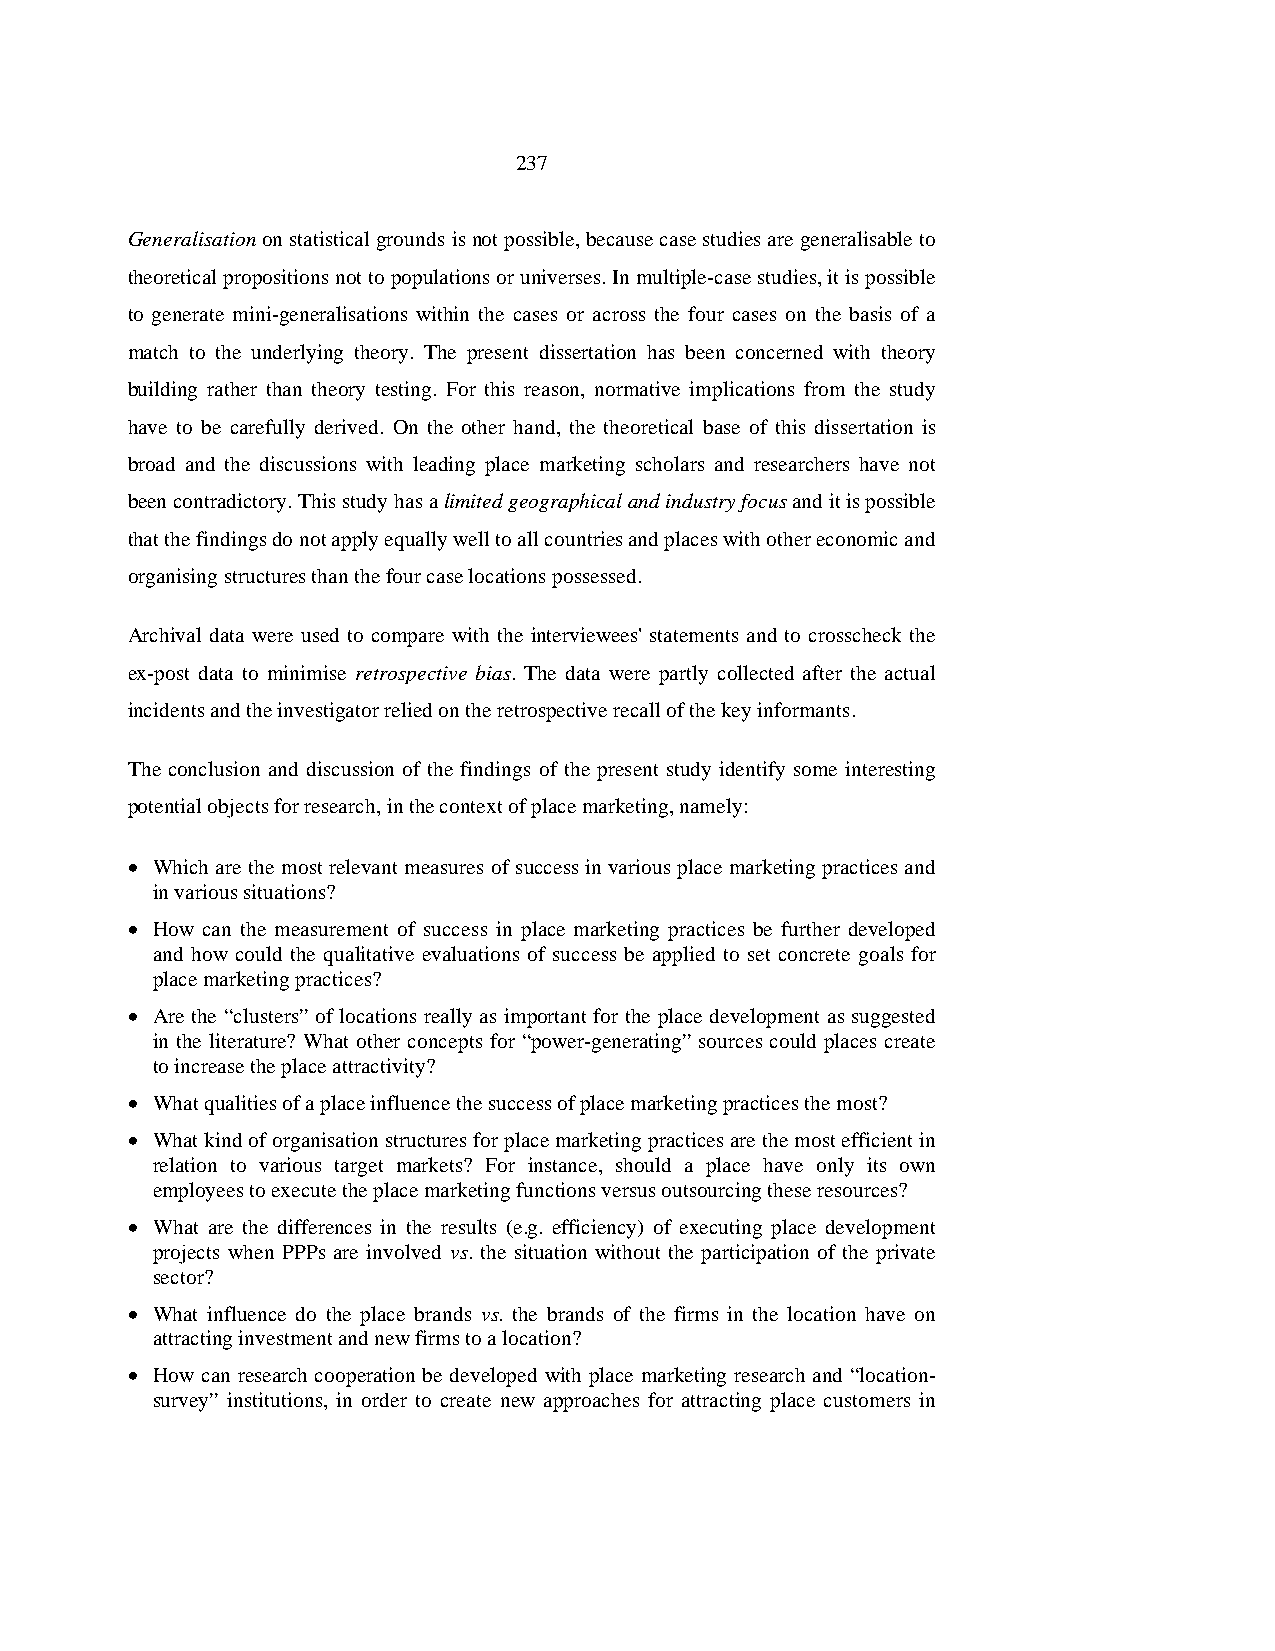
237
 Generalisation on statistical grounds is not possible, because case studies are generalisable to
 theoretical propositions not to populations or universes. In multiple-case studies, it is possible
 to generate mini-generalisations within the cases or across the four cases on the basis of a
 match to the underlying theory. The present dissertation has been concerned with theory
 building rather than theory testing. For this reason, normative implications from the study
 have to be carefully derived. On the other hand, the theoretical base of this dissertation is
 broad and the discussions with leading place marketing scholars and researchers have not
 been contradictory. This study has a limited geographical and industry focus and it is possible
 that the findings do not apply equally well to all countries and places with other economic and
 organising structures than the four case locations possessed.
 Archival data were used to compare with the interviewees' statements and to crosscheck the
 ex-post data to minimise retrospective bias. The data were partly collected after the actual
 incidents and the investigator relied on the retrospective recall of the key informants.
 The conclusion and discussion of the findings of the present study identify some interesting
 potential objects for research, in the context of place marketing, namely:
 • Which are the most relevant measures of success in various place marketing practices and
 in various situations?
 • How can the measurement of success in place marketing practices be further developed
 and how could the qualitative evaluations of success be applied to set concrete goals for
 place marketing practices?
 • Are the “clusters” of locations really as important for the place development as suggested
 in the literature? What other concepts for “power-generating” sources could places create
 to increase the place attractivity?
 • What qualities of a place influence the success of place marketing practices the most?
 • What kind of organisation structures for place marketing practices are the most efficient in
 relation to various target markets? For instance, should a place have only its own
 employees to execute the place marketing functions versus outsourcing these resources?
 • What are the differences in the results (e.g. efficiency) of executing place development
 projects when PPPs are involved vs. the situation without the participation of the private
 sector?
 • What influence do the place brands vs. the brands of the firms in the location have on
 attracting investment and new firms to a location?
 • How can research cooperation be developed with place marketing research and “location-
 survey” institutions, in order to create new approaches for attracting place customers in